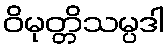
ဝိမုတ္တိသမ္ပဒါ